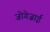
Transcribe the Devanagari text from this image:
जोगेज़ाई